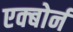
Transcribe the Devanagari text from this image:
एक्बोर्न